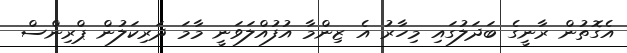
އެގޮތުން ރާނީގެ ބަދަލުގައި މިހާރު އެ ޒިންމާ އުފުއްލަވަނީ މާމަ ދަރިކަލުން ޕްރިންސް